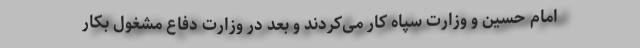
امام حسین و وزارت سپاه کار می‌کردند و بعد در وزارت دفاع مشغول بکار